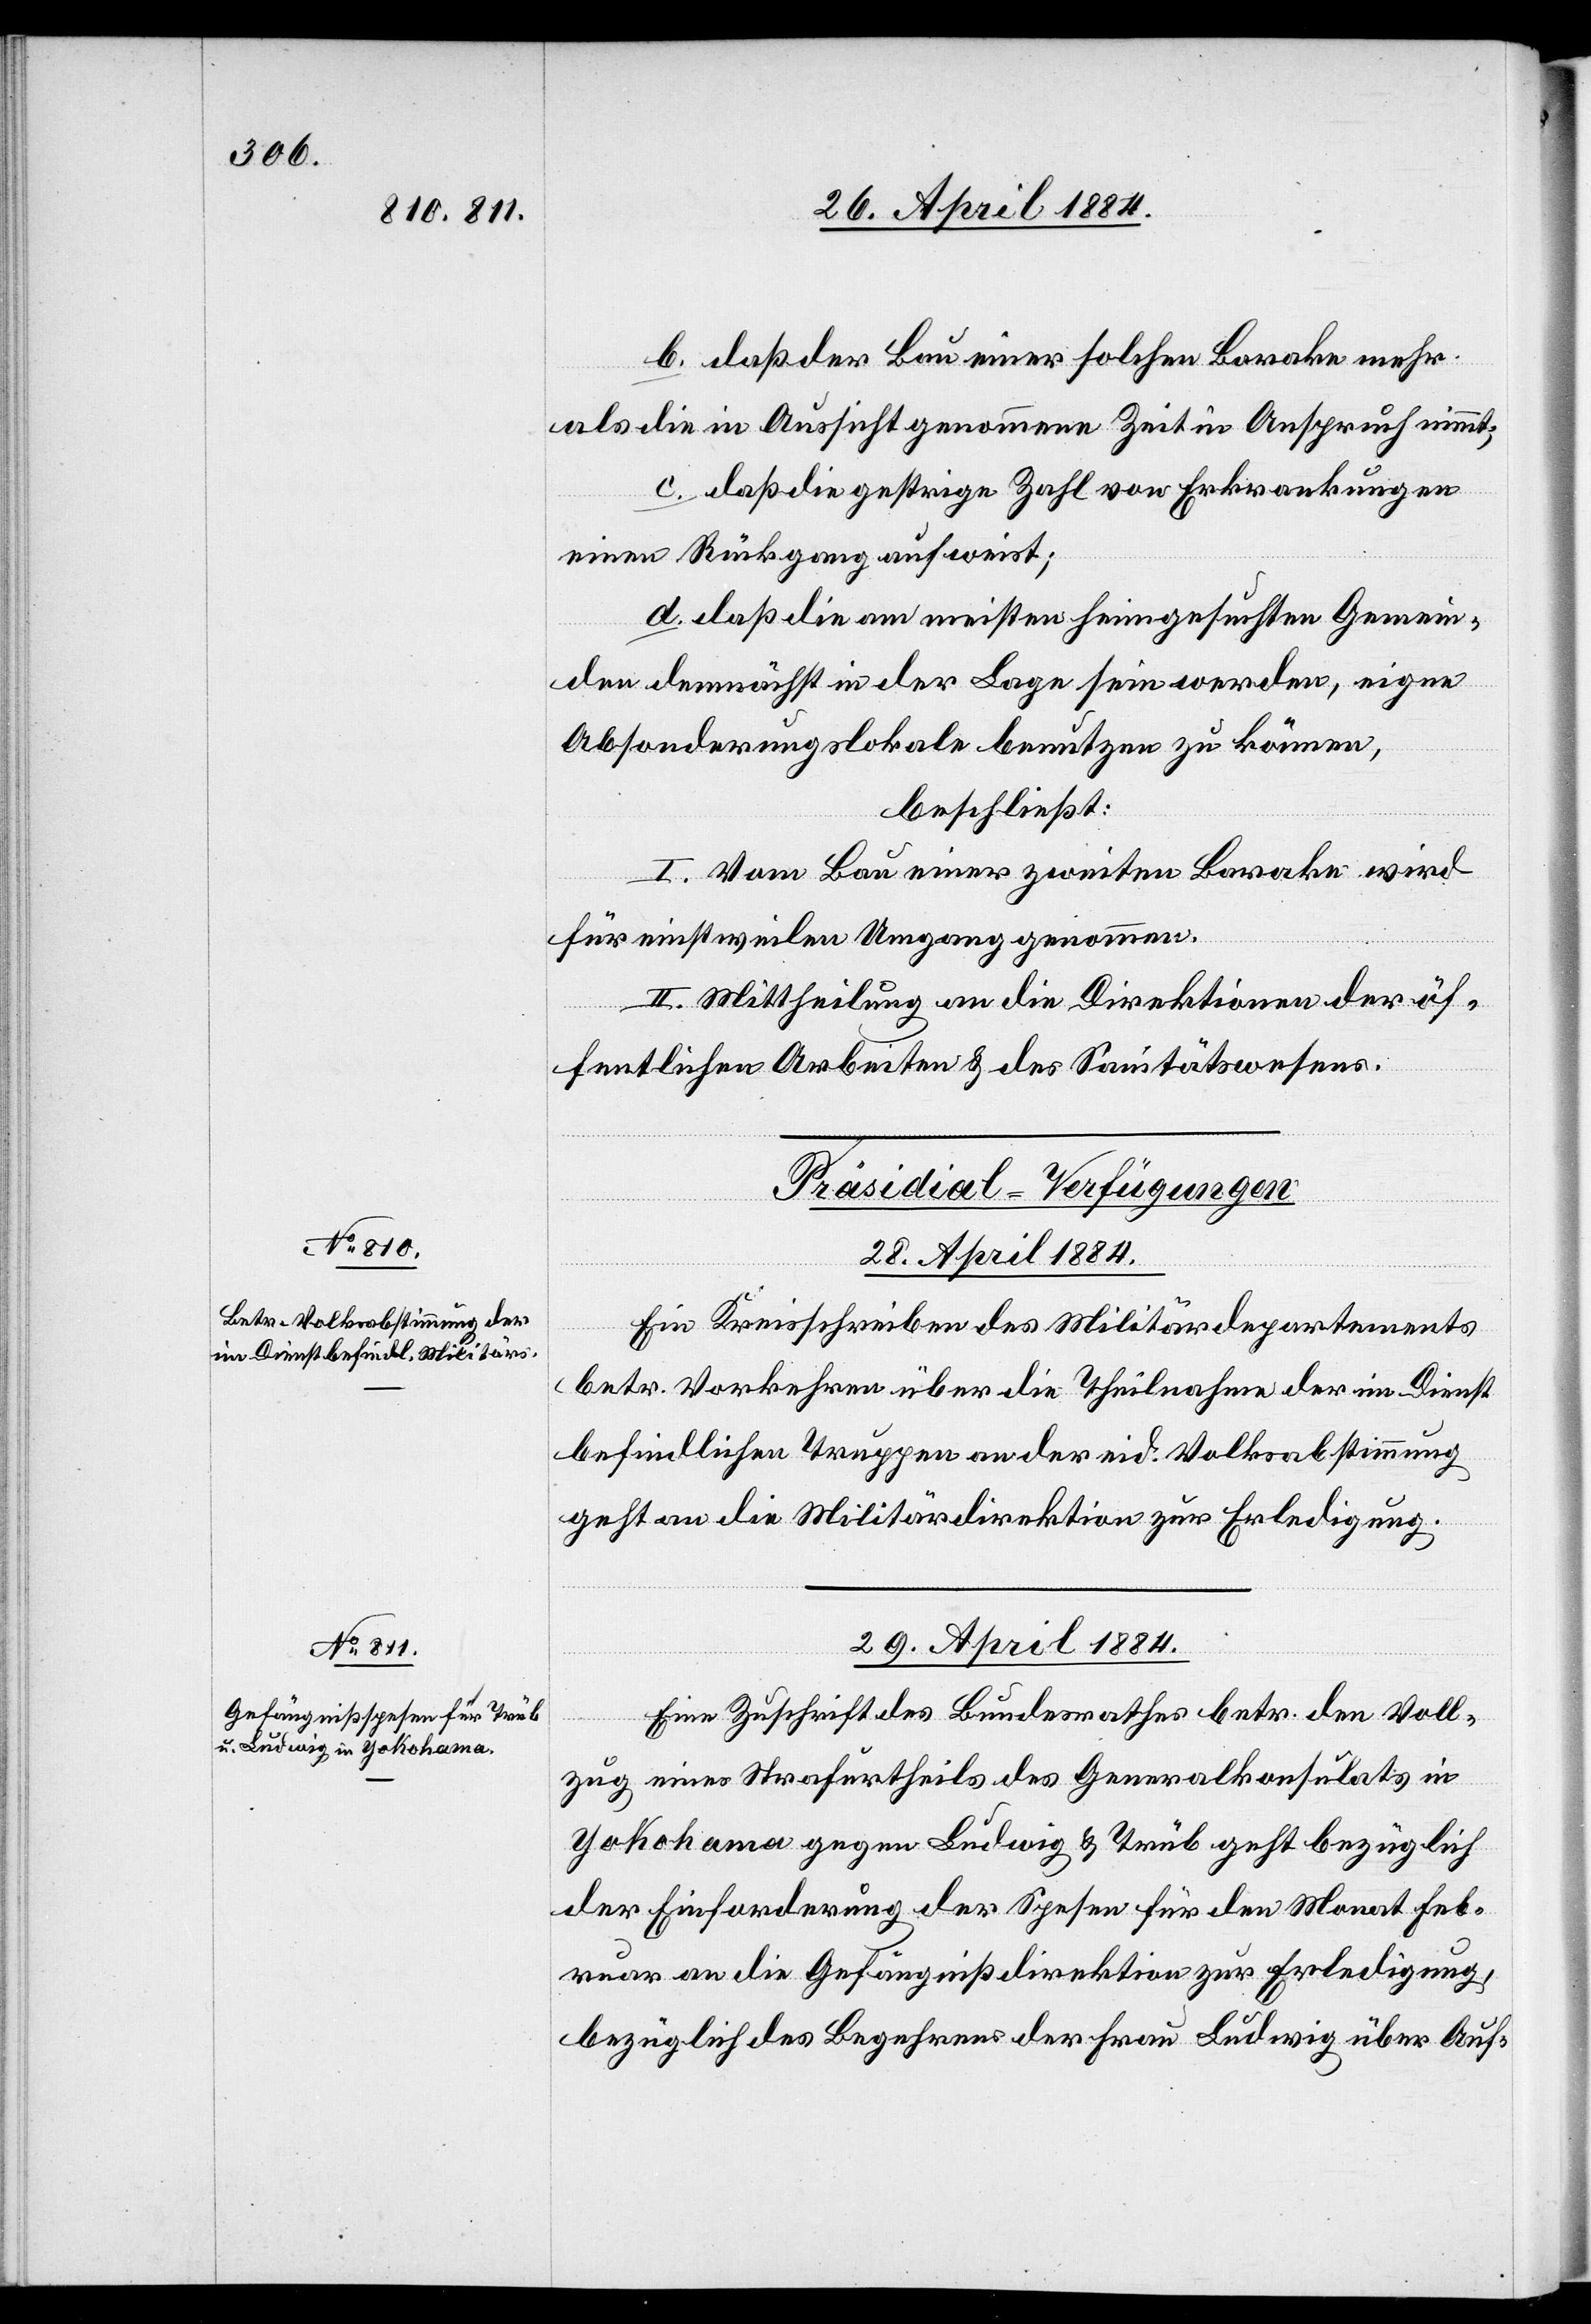
b. daß der Bau einer solchen Barake mehr
als die in Aussicht genommene Zeit in Anspruch nimmt;
c. daß die gestrige Zahl von Erkrankungen
einen Rückgang aufweist;
d. daß die am meisten heimgesuchten Gemein¬
den demnächst in der Lage sein werden, eigene
Absonderungslokale benutzen zu können,
beschließt:
I. Vom Bau einer zweiten Barake wird
für einstweilen Umgang genommen.
II. Mittheilung an die Direktion der öf¬
fentlichen Arbeiten & des Sanitätswesens.
[Präsidial-Verfügungen]
28. April 1884.
Ein Kreisschreiben des Militärdepartements
betr. Vorkehren über die Theilnahme der im Dienst
befindlichen Truppen an der eid. Volksabstimmung
geht an die Militärdirektion zur Erledigung.
29. April 1884.
Eine Zuschrift des Bundesrathes betr. den Voll¬
zug eines Strafurtheils des Generalkonsulats in
Yokohama gegen Ludwig & Trüb geht bezüglich
der Einforderung der Spesen für den Monat Feb¬
ruar an die Gefängnißdirektion zur Erledigung,
bezüglich des Begehrens der Frau Ludwig über Auf-